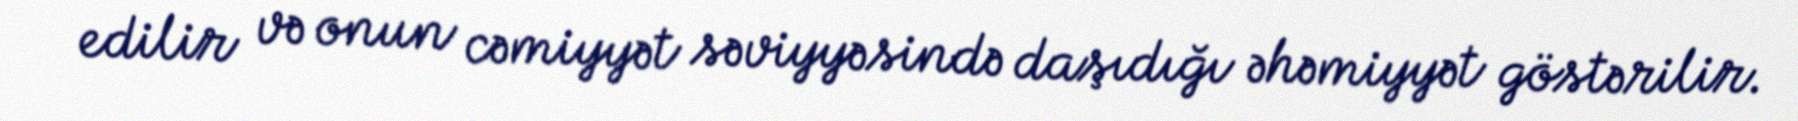
edilir və onun cəmiyyət səviyyəsində daşıdığı əhəmiyyət göstərilir.